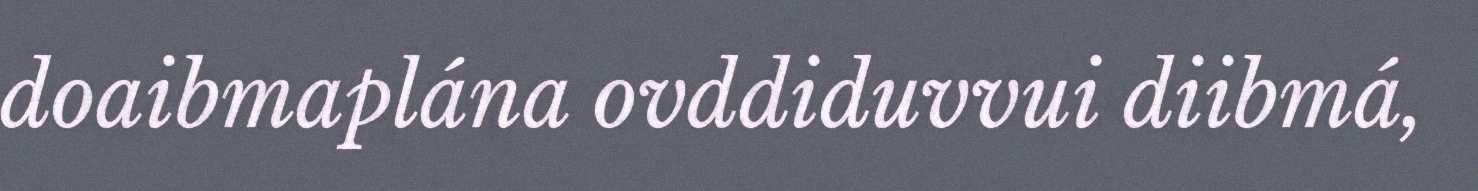
doaibmaplána ovddiduvvui diibmá,